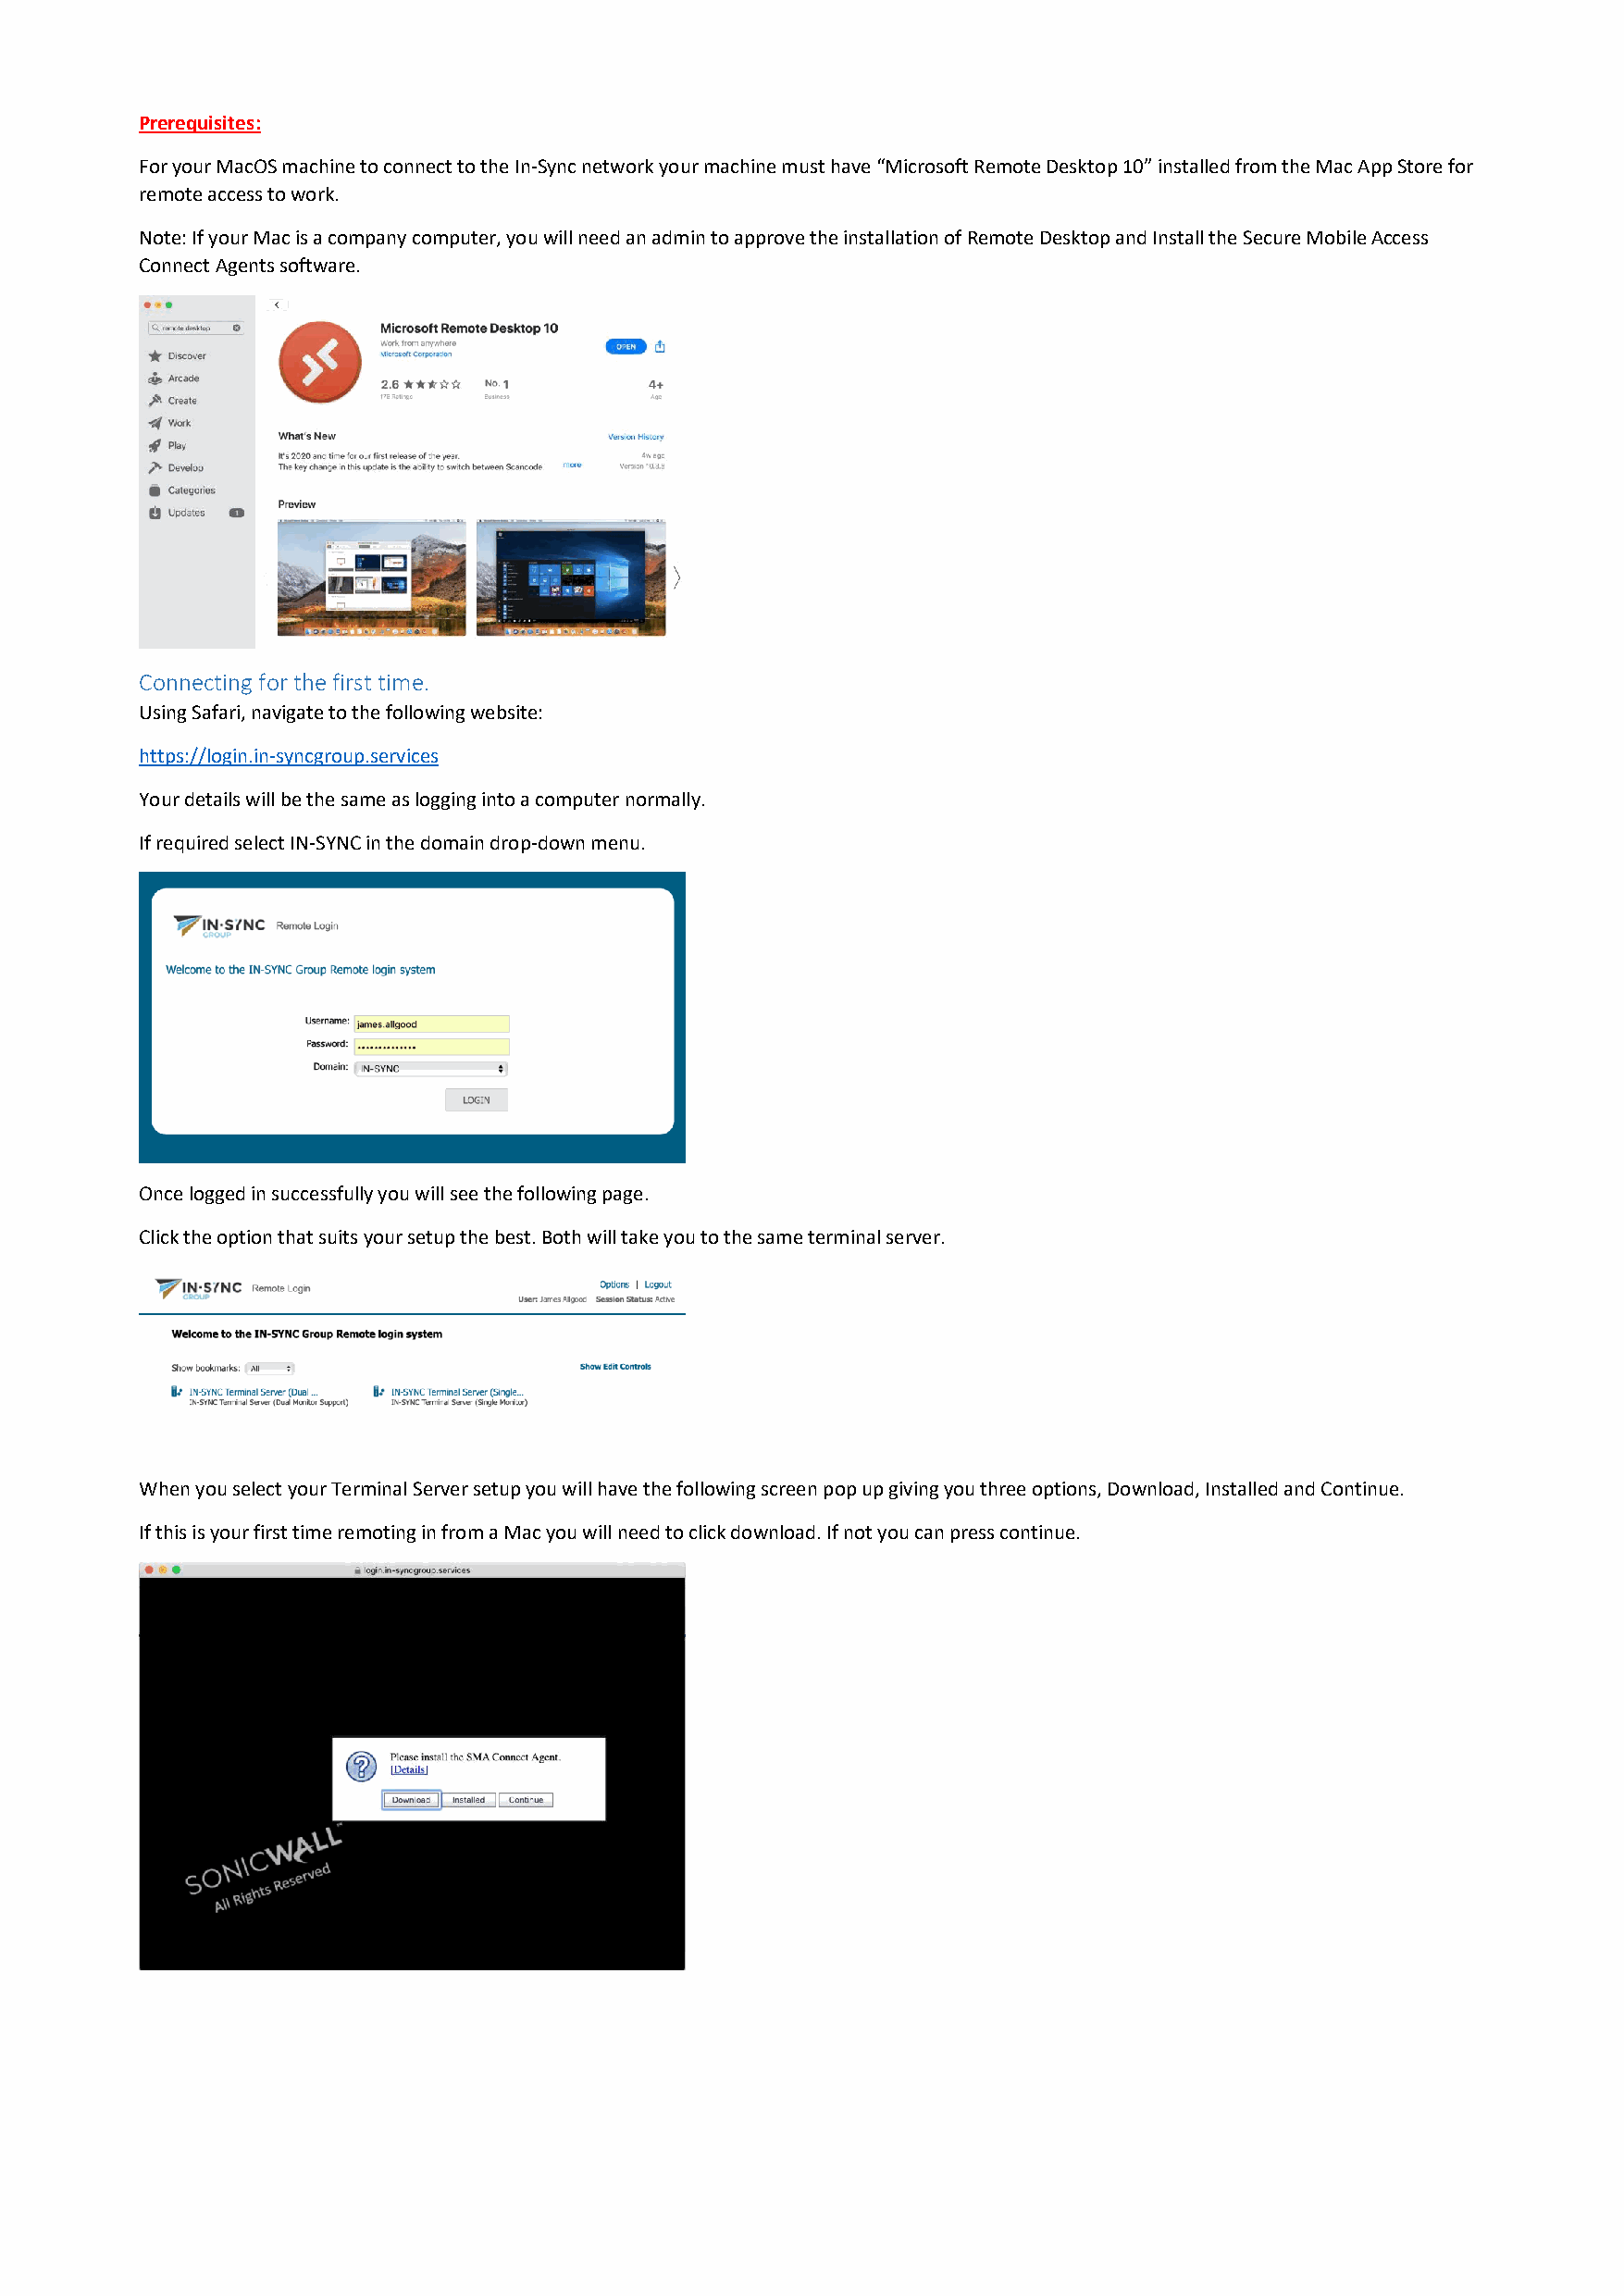
Prerequisites:
 For your MacOS machine to connect to the In-Sync network your machine must have “Microsoft Remote Desktop 10” installed from the Mac App Store for
 remote access to work.
 Note: If your Mac is a company computer, you will need an admin to approve the installation of Remote Desktop and Install the Secure Mobile Access
 Connect Agents software.
 Connecting for the first time.
 Using Safari, navigate to the following website:
 https://login.in-syncgroup.services
 Your details will be the same as logging into a computer normally.
 If required select IN-SYNC in the domain drop-down menu.
 Once logged in successfully you will see the following page.
 Click the option that suits your setup the best. Both will take you to the same terminal server.
 When you select your Terminal Server setup you will have the following screen pop up giving you three options, Download, Installed and Continue.
 If this is your first time remoting in from a Mac you will need to click download. If not you can press continue.